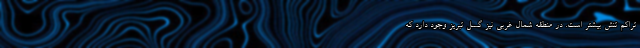
تراکم تنش بیشتر است. در منطقه شمال غربی نیز گسل تبریز وجود دارد که